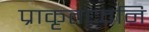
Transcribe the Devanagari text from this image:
प्राकृतध्वनि